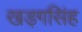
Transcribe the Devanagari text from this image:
खड़गसिंह